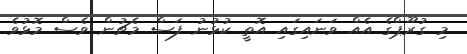
މި ގުރޫޕްގެ އެއް ވަނައިގައި އޮތީ ކުޅުނު ފަސް މެޗުން ވެސް މޮޅުވެ